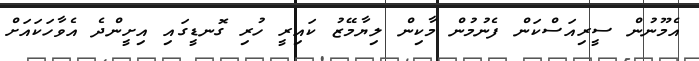
އެމޫނުން ސީރިއަސްކަން ފެނުމުން މާކިން ލިޔާމޭޒު ކައިރީ ހުރި ގޮނޑީގައި އިށީންދެ އެވާހަކައަށް